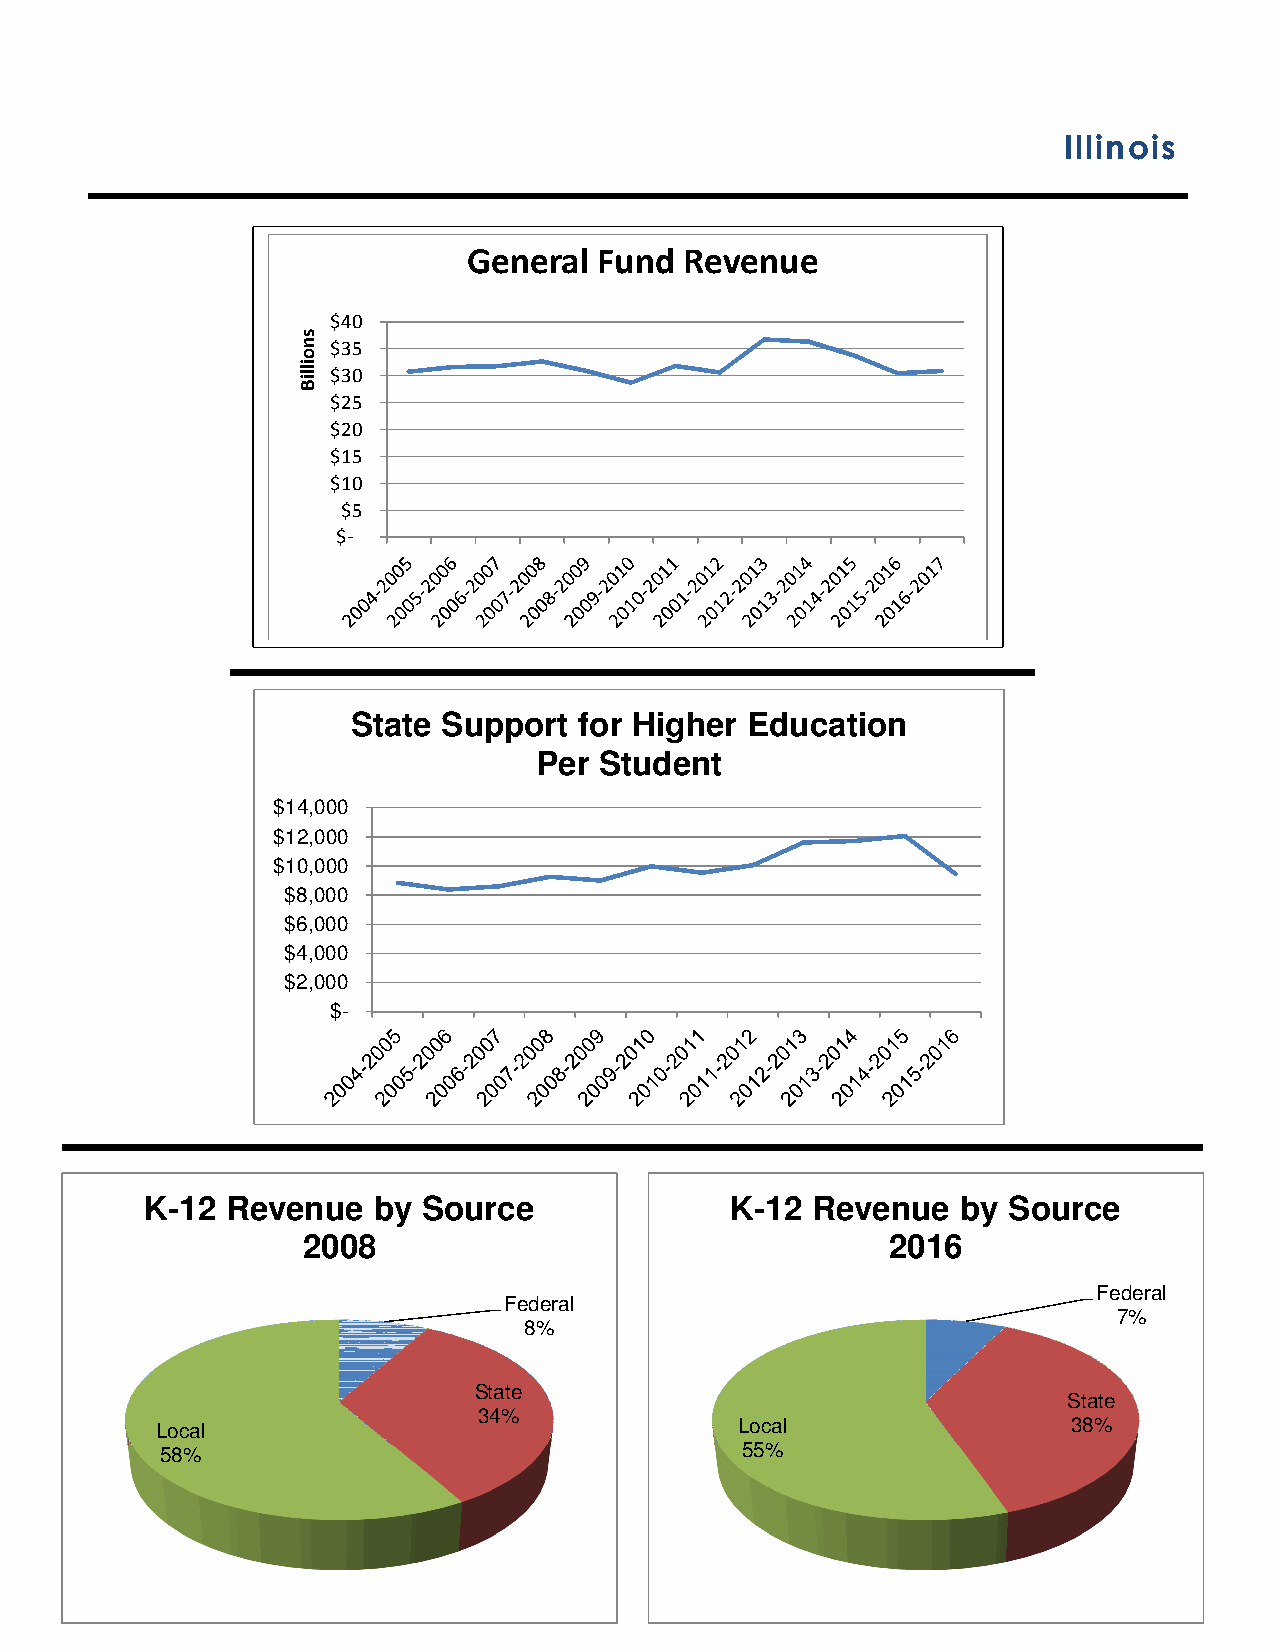
Illinois
 General  Fund Revenue
 $40
 $35
 $30
 $25
 $20
 $15
 $10
 $5
 $-
 State Support  for Higher Education
 Per  Student
 $14,000
 $12,000
 $10,000
 $8,000
 $6,000
 $4,000
 $2,000
 $-
 K-12 Revenue   by Source              K-12  Revenue   by Source
 2008                                   2016
 Federal
 Federal
 7%
 8%
 State
 State
 34%
 Local                                  Local                 38%
 58%                                   55%
 snoilliB